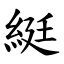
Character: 綎